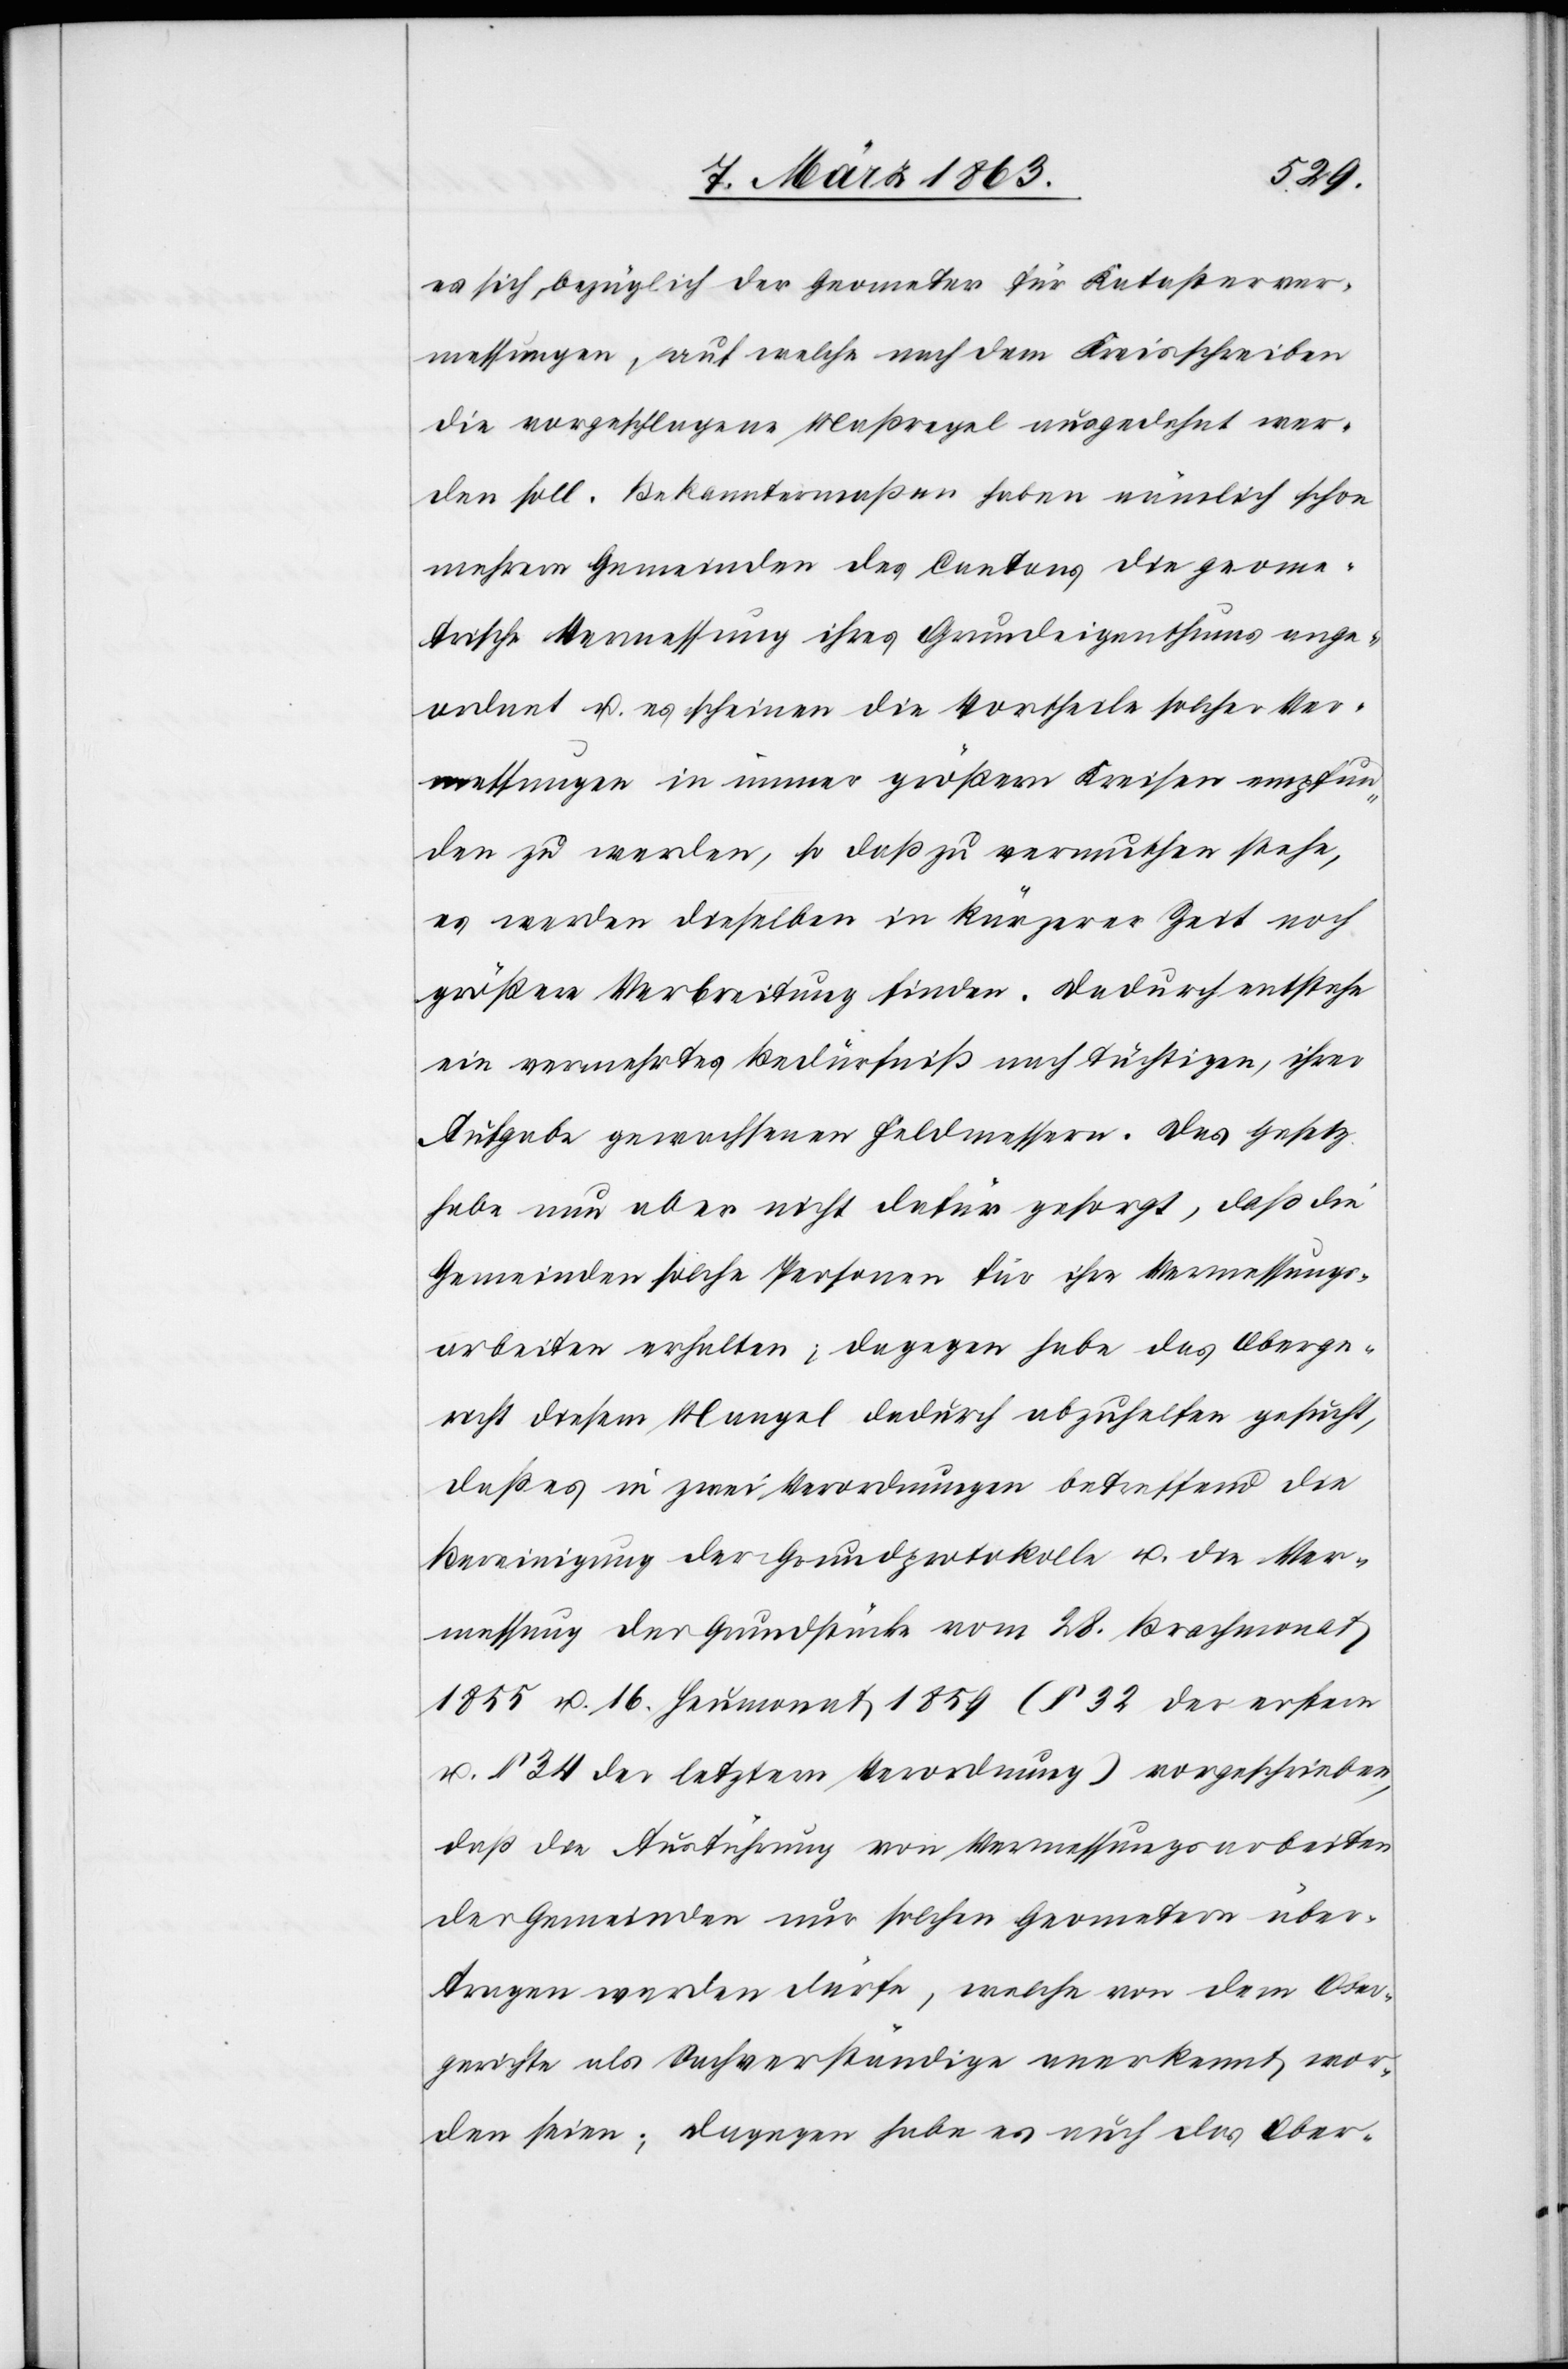
es sich bezüglich der Geometer für Katasterver¬
messungen, auf welche nach dem Kreisschreiben
die vorgeschlagene Maßregel ausgedehnt wer¬
den soll. Bekanntermaßen haben nämlich schon
mehrere Gemeinden des Cantons die geome¬
trische Vermessung ihres Grundeigenthums ange¬
ordnet u. es scheinen die Vortheile solcher Ver¬
messungen in immer größern Kreisen empfun¬
den zu werden, so daß zu vermuthen stehe,
es werden dieselben in kürzerer Zeit noch
größere Verbreitung finden. Dadurch entstehe
ein vermehrtes Bedürfniß nach tüchtigen, ihrer
Aufgabe gewachsenen Feldmessern. Das Gesetz
habe nun aber nicht dafür gesorgt, daß die
Gemeinden solche Personen für ihre Vermessungs¬
arbeiten erhalten; dagegen habe das Oberge¬
richt diesem Mangel dadurch abzuhelfen gesucht,
daß es in zwei Verordnungen betreffend die
Bereinigung der Grundprotokolle u. die Ver¬
messung der Grundstücke vom 28. Brachmonat
1855 u. 16. Heumonat 1859 (§ 32 der erstern
u. § 34 der letztern Verordnung) vorgeschrieben,
daß die Ausführung von Vermessungsarbeiten
der Gemeinden nur solchen Geometern über¬
tragen werden dürfe, welche von dem Ober¬
gerichte als Sachverständige anerkennt wor¬
den seien; dagegen habe es auch das Ober-